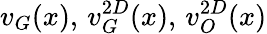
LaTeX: v_{G}(x),\, v_{G}^{2D}(x),\, v_{O}^{2D}(x)